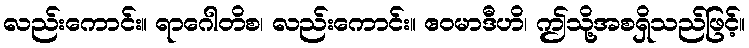
လည်းကောင်း။ ရာဂေါတိစ၊ လည်းကောင်း။ ဧဝမာဒီဟိ၊ ဤသို့အစရှိသည်ဖြင့်။